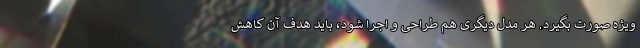
ویژه صورت بگیرد. هر مدل دیگری هم طراحی و اجرا شود، باید هدف آن کاهش